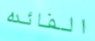
الفائده